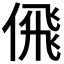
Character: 𠋉